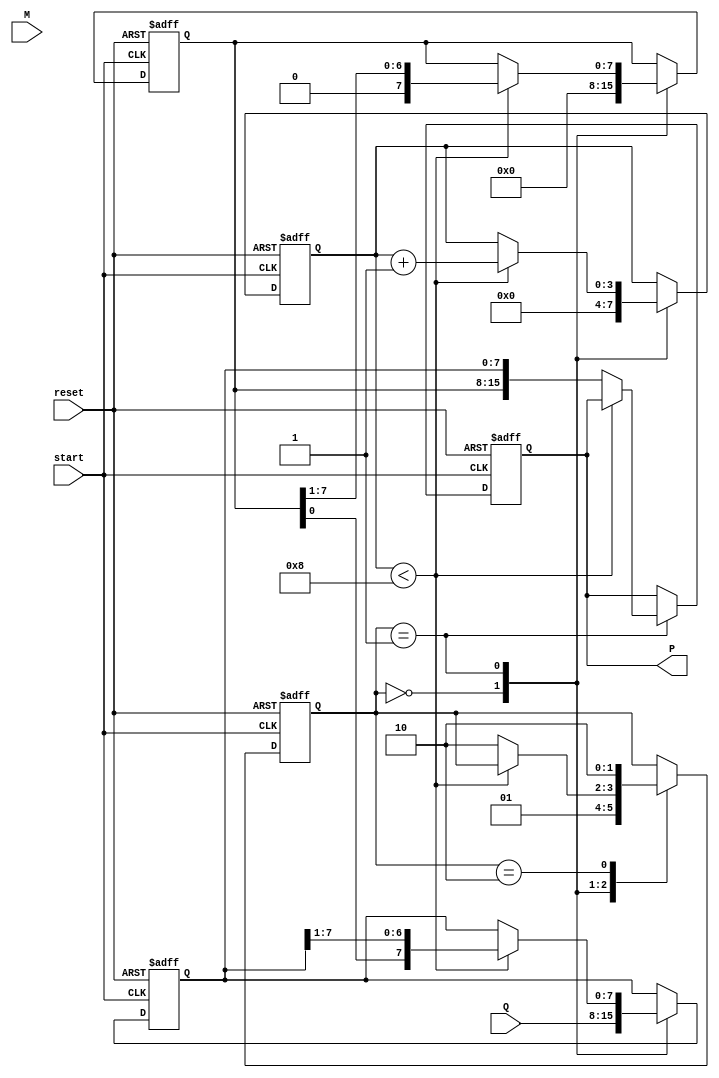
module booth_multiplier #(
    parameter N = 8  // Assuming 8-bit inputs for the multiplicand and multiplier
)(
    input  wire [N-1:0] M,      // Multiplicand
    input  wire [N-1:0] Q,      // Multiplier
    input  wire start,           // Control signal to start multiplication
    input  wire reset,           // Control signal to reset the multiplier
    output reg [2*N-1:0] P       // Product output
);

    reg [N-1:0] A;               // Accumulator
    reg [N-1:0] Q_reg;           // Multiplier register
    reg Q_prime;                 // Previous Q bit
    reg [3:0] count;             // Iteration counter (up to N)
    
    // FSM State Encoding
    localparam IDLE = 2'b00,
               RUN = 2'b01,
               DONE = 2'b10;
    reg [1:0] state, next_state;

    // Control logic
    always @(posedge start or posedge reset) begin
        if (reset) begin
            A <= 0;
            Q_reg <= 0;
            Q_prime <= 0;
            P <= 0;
            count <= 0;
            state <= IDLE;
        end else begin
            case (state)
                IDLE: begin
                    A <= 0;                      // Initialize A to 0
                    Q_reg <= Q;                  // Load Q
                    Q_prime <= 0;                // Initialize Q'
                    count <= 0;                  // Reset counter
                    state <= RUN;                // Move to RUN state
                end
                RUN: begin
                    if (count < N) begin
                        case ({Q_reg[0], Q_prime})
                            2'b01: A <= A + M;       // A = A + M if Q=1, Q'=0
                            2'b10: A <= A - M;       // A = A - M if Q=0, Q'=1
                            default: ;                // No operation
                        endcase
                        // Shift operation
                        Q_prime <= Q_reg[0];          // Update Q_prime
                        {A, Q_reg} <= {A, Q_reg} >> 1; // Arithmetic right shift (maintains sign)
                        count <= count + 1;            // Increment counter
                    end else begin
                        P <= {A, Q_reg};              // Combine A and Q_reg for final product
                        state <= DONE;                // Move to DONE state
                    end
                end
                DONE: begin
                    // Stay in DONE state until reset or new start
                    state <= DONE;
                end
            endcase
        end
    end
    
    // Next state logic
    always @(*) begin
        case (state)
            IDLE: next_state = IDLE;
            RUN: next_state = (count < N) ? RUN : DONE;
            DONE: next_state = (reset) ? IDLE : DONE;
            default: next_state = IDLE;
        endcase
    end
    
endmodule